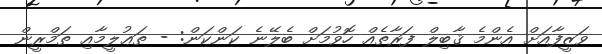
ވަޒީފާއަށް އެންމެ ޤާބިލް ފަރާތެއް ހޮވުމަށް ބެލޭނެ ކަންކަން: - ތަޢުލީމާއި ތަމްރީން